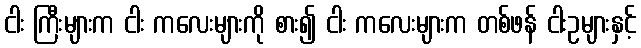
ငါး ကြီးများက ငါး ကလေးများကို စား၍ ငါး ကလေးများက တစ်ဖန် ငါးဥများနှင့်